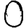
Digit: 0